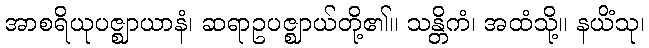
အာစရိယုပဇ္ဈာယာနံ၊ ဆရာဥပဇ္ဈာယ်တို့၏။ သန္တိကံ၊ အထံသို့။ နယိံသု၊